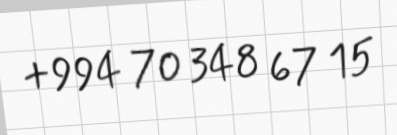
+994 70 348 67 15